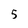
Character: 5